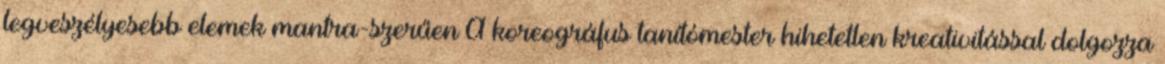
legveszélyesebb elemek mantra-szerűen A koreográfus tanítómester hihetetlen kreativitással dolgozza